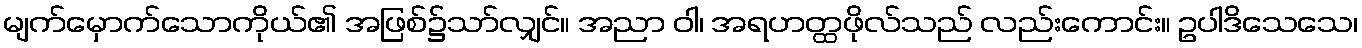
မျက်မှောက်သောကိုယ်၏ အဖြစ်၌သာ်လျှင်။ အညာ ဝါ၊ အရဟတ္ထဖိုလ်သည် လည်းကောင်း။ ဥပါဒိသေသေ၊